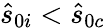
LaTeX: \hat{s}_{0i}<\hat{s}_{0c}